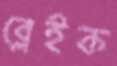
ব্লেইক